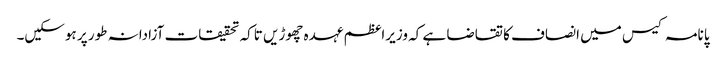
پانامہ کیس میں انصاف کا تقاضا ہے کہ وزیراعظم عہدہ چھوڑیں تاکہ تحقیقات آزادانہ طور پر ہوسکیں۔